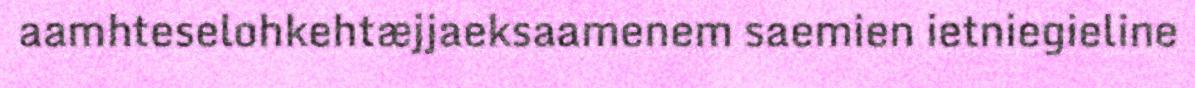
aamhteselohkehtæjjaeksaamenem saemien ietniegieline